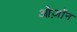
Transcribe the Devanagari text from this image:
ओज़ॉन